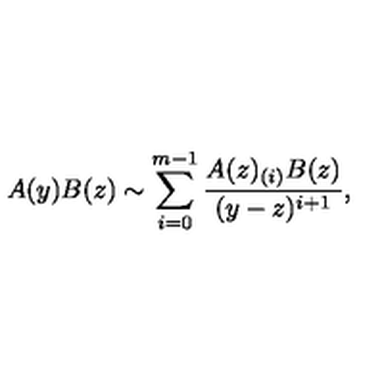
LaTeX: A ( y ) B ( z ) \sim \sum _ { i = 0 } ^ { m - 1 } \frac { A ( z ) _ { ( i ) } B ( z ) } { ( y - z ) ^ { i + 1 } } ,